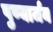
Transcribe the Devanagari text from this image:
पुण्यार्जन